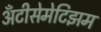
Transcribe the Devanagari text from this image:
अँटीसेमेटिझम